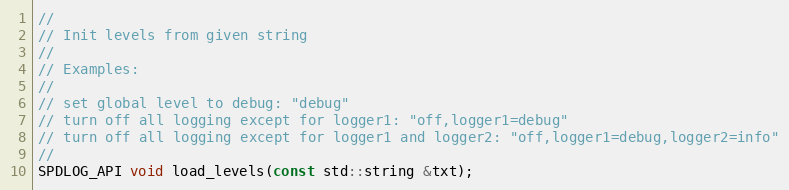
Language: C
//
// Init levels from given string
//
// Examples:
//
// set global level to debug: "debug"
// turn off all logging except for logger1: "off,logger1=debug"
// turn off all logging except for logger1 and logger2: "off,logger1=debug,logger2=info"
//
SPDLOG_API void load_levels(const std::string &txt);